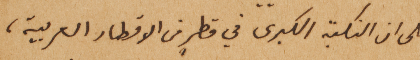
على ان النكبة الكبرى في قطرٍ من الاقطار العربية،